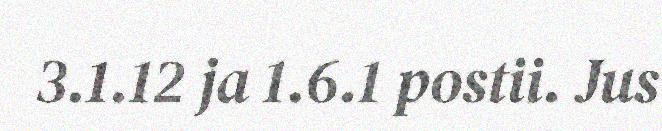
3.1.12 ja 1.6.1 postii. Jus